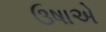
ઉષાએ